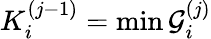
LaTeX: K_{i}^{(j-1)}=\operatorname*{min}\mathcal{G}_{i}^{(j)}